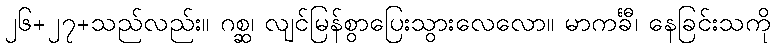
၂၆+၂၇+သည်လည်း။ ဂစ္ဆ၊ လျင်မြန်စွာပြေးသွားလေလော။ မာကင်္ခီ၊ နေခြင်းသကို